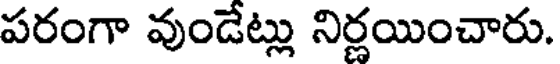
పరంగా వుండేట్లు నిర్ణయించారు.